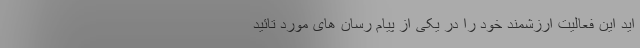
اید این فعالیت ارزشمند خود را در یکی از پیام رسان های مورد تائید